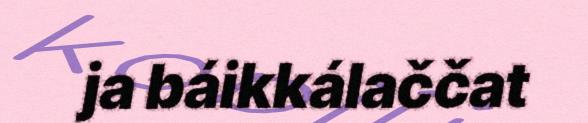
ja báikkálaččat